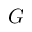
G